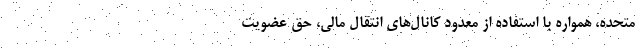
متحده، همواره با استفاده از معدود کانال‌های انتقال مالی، حق عضویت